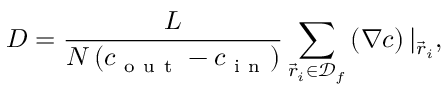
D = \frac { L } { N \left( c _ { \mathrm { ~ o ~ u ~ t ~ } } - c _ { \mathrm { ~ i ~ n ~ } } \right) } \sum _ { \vec { r } _ { i } \in \mathcal { D } _ { f } } \left( \nabla c \right) | _ { \vec { r } _ { i } } ,